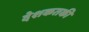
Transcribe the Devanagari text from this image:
देशकतकी